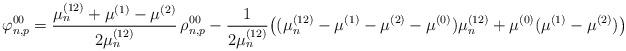
LaTeX: \begin{align*}\varphi^{00}_{n,p}= \frac{\mu_n^{(12)}+\mu^{(1)}-\mu^{(2)}}{2\mu_n^{(12)}} \,\rho^{00}_{n,p}- \frac{1}{2\mu_n^{(12)}} \big( (\mu_n^{(12)}-\mu^{(1)}-\mu^{(2)}-\mu^{(0)})\mu_n^{(12)} + \mu^{(0)}(\mu^{(1)}-\mu^{(2)}) \big)\end{align*}